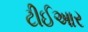
ટીઈઆર